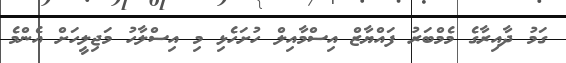
ގަމު ދާއިރާގެ މެމްބަރު ފައްޔާޒް އިސްމާއިލް ހުށަހެޅި މި އިސްލާހު މަޖިލީހަށް އެންމެ